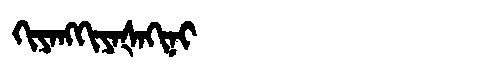
Manchu: ᡴᡳᠶᠠᠩᡴᡳᠶᠠᡧᠠᡴᡳᠨᡳ
Romanization: KIYANGKIYAŠAKINI